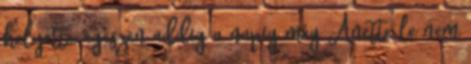
helyette, egészen addig a napig még Anette le nem